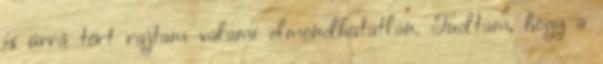
is úrrá tört rajtam valami elmondhatatlan. Tudtam, hogy a